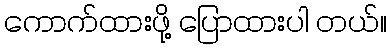
ကောက်ထားဖို့ ပြောထားပါ တယ်။